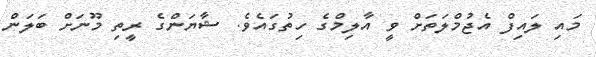
މައި ލައިފް އެޖުމްލަތަށް ވީ އާލިމްގެ ހިތުގައެވެ. ޝާޔަންގެ ރީތި މޫނަށް ބަލަން